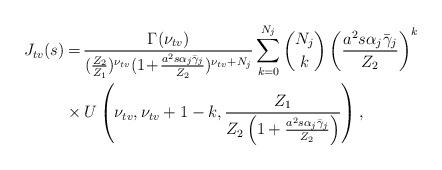
LaTeX: \begin{align*}{J_{tv}}(s)&=\!\frac{\Gamma(\nu_{tv})}{(\frac{Z_2}{Z_1})^{\nu_{tv}}(1\!+\!\frac{a^2s\alpha_j\bar{\gamma}_j}{Z_2})^{\nu_{tv}+N_j}}\sum^{N_{j}}_{k=0}\binom{N_j}{k}\left(\frac{a^2s\alpha_j\bar{\gamma}_j}{Z_2}\right)^{k}\\&\times U\left(\nu_{tv},\nu_{tv}+1-k,\frac{Z_1}{Z_2\left(1+\frac{a^2s\alpha_j\bar{\gamma}_j}{Z_2}\right)}\right), \end{align*}